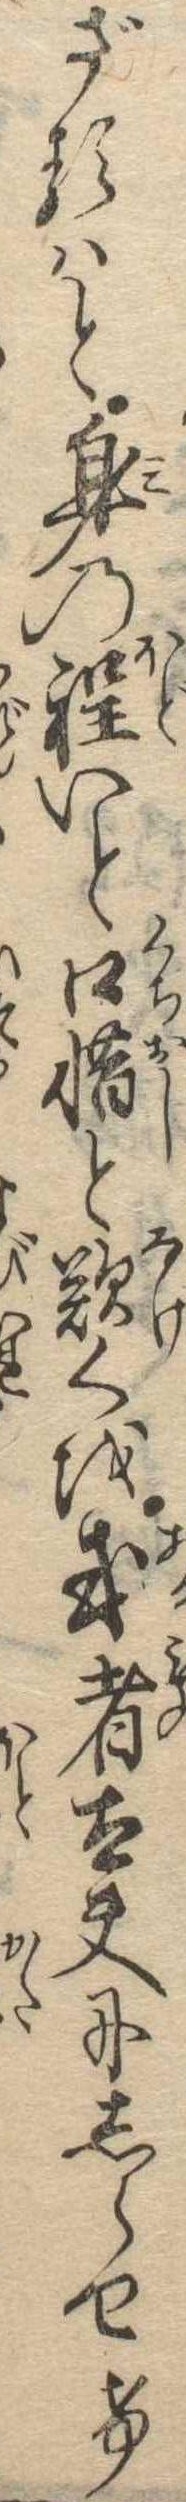
ざるはと身の程いと口惜と歎くを或者太夫にしらせけ